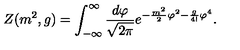
Z ( m ^ { 2 } , g ) = \int _ { - \infty } ^ { \infty } \frac { d \varphi } { \sqrt { 2 \pi } } e ^ { - \frac { m ^ { 2 } } { 2 } \varphi ^ { 2 } - \frac { g } { 4 ! } \varphi ^ { 4 } } .